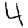
Digit: 4